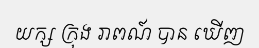
យក្ស ក្រុង រាពណ៍ បាន ឃើញ